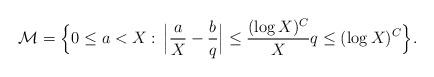
LaTeX: \begin{align*}\mathcal{M}=\Bigl\{0\le a<X:\, \Bigl|\frac{a}{X}-\frac{b}{q}\Bigr|\le \frac{(\log{X})^C}{X}q\le (\log{X})^C\Bigr\}.\end{align*}